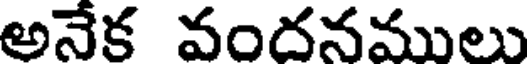
అనేక వందనములు